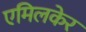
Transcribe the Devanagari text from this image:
एमिलकेर